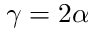
\gamma = 2 \alpha